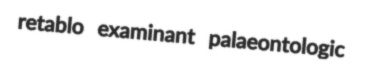
retablo examinant palaeontologic